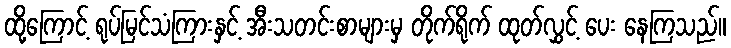
ထို့ကြောင့် ရုပ်မြင်သံကြားနှင့် အီးသတင်းစာများမှ တိုက်ရိုက် ထုတ်လွှင့် ပေး နေကြသည်။